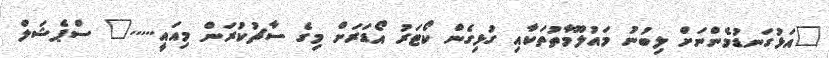
"އަޅުގަނޑުމެންނަށް ލިބުނު މައުލޫމާތުތަކާއި ގުޅިގެން ކޯޓަރު އޯޑަރަށް މިގެ ސާޗުކުރަން މިއައީ....." ސްޕެޝަލް